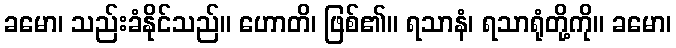
ခမော၊ သည်းခံနိုင်သည်။ ဟောတိ၊ ဖြစ်၏။ ရသာနံ၊ ရသာရုံတို့ကို။ ခမော၊